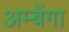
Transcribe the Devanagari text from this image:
अम्बेंगा